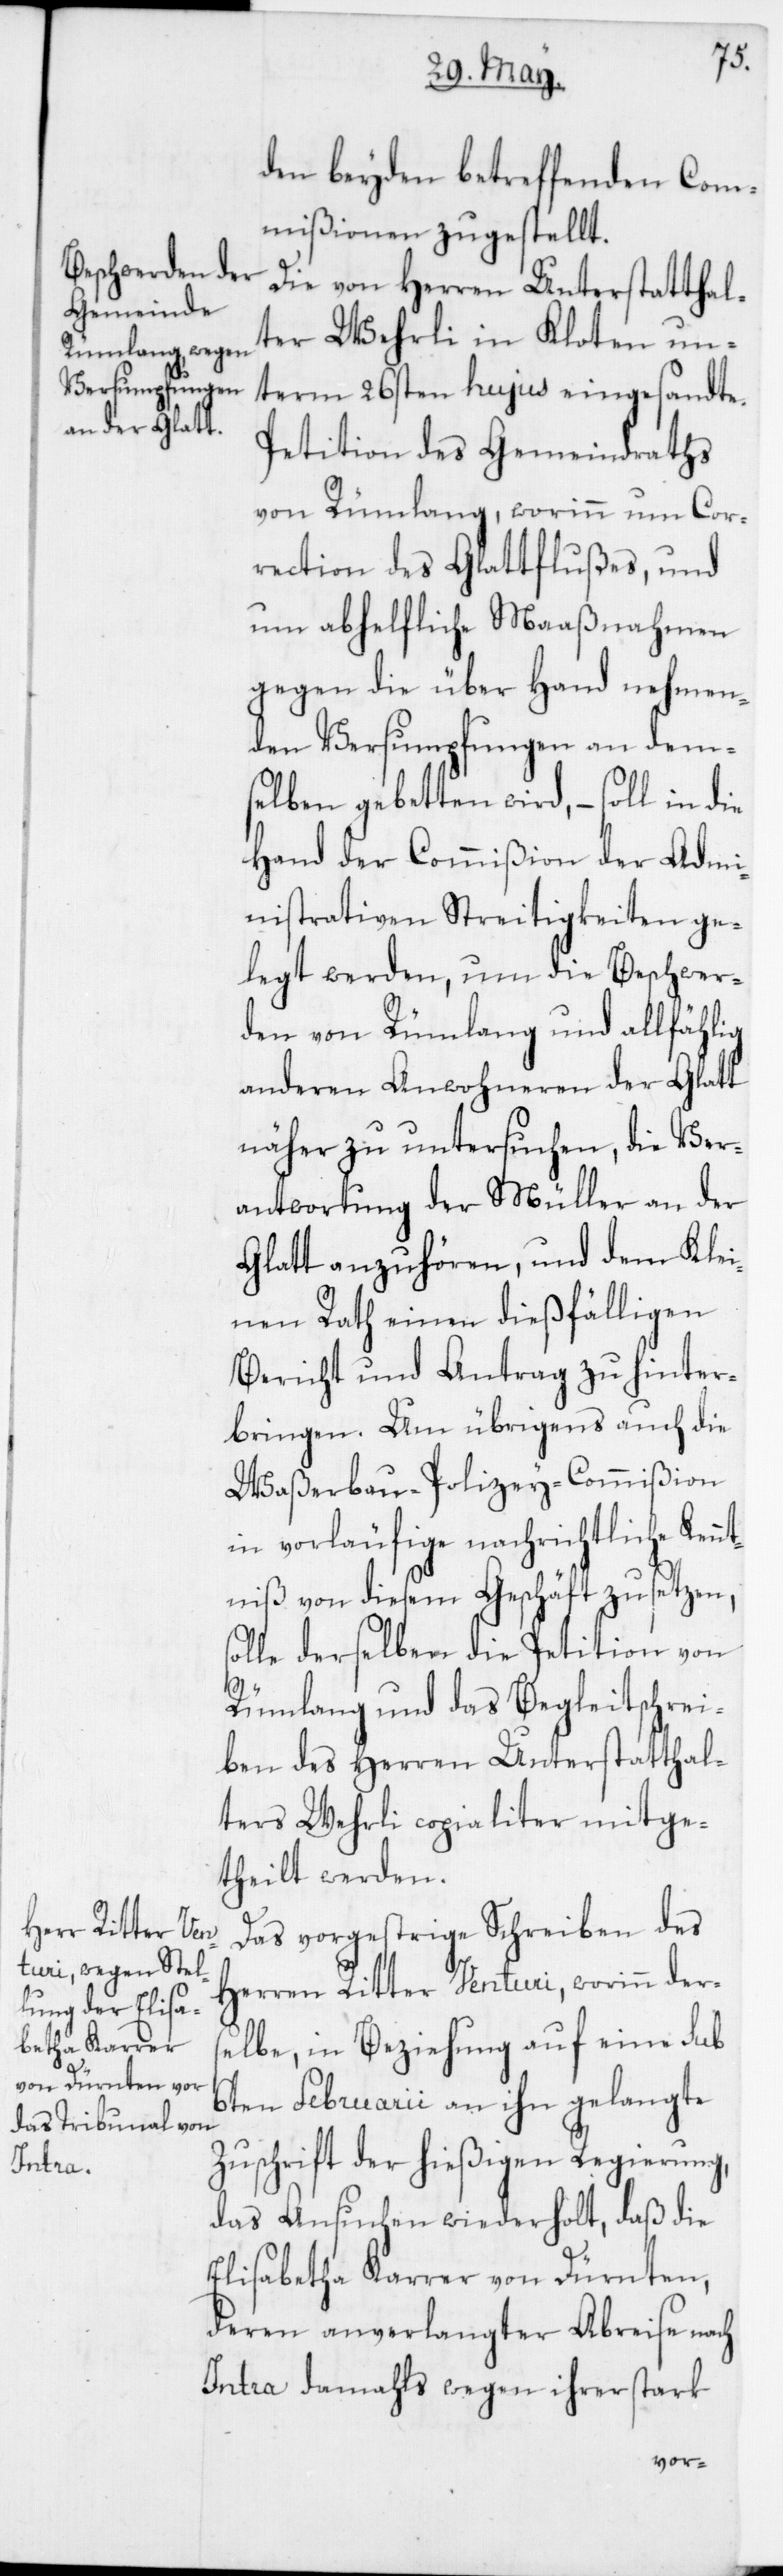
den beyden betreffenden Com¬
mißionen zugestellt.
Die von Herren Unterstatthal¬
ter Wehrli in Kloten un¬
term 26sten hujus eingesandte
Petition des Gemeindraths
von Rümlang, worinn um Cor¬
rection des Glattflußes und
um abhelfliche Maaßnahmen
gegen die über Hand nehmen¬
den Versumpfungen an dem¬
selben gebetten wird, – soll in die
Hand der Commißion der Admi¬
nistrativen Streitigkeiten ge¬
legt werden, um die Beschwer¬
den von Rümlang und allfählig
anderen Anwohneren der Glatt
näher zu untersuchen, die Ver¬
antwortung der Müller an der
Glatt anzuhören, und dem Kle¬
inen Rath einen dießfälligen
Bericht und Antrag zu hinter¬
bringen. Um übrigens auch die
Waßerbau-Polizey-Commißion
in vorläufige nachrichtliche Kenn¬
tniß von diesem Geschäft zu setzen,
solle derselben die Petition von
Rümlang und das Begleitschrei¬
ben des Herren Unterstatthal¬
ters Wehrli copialiter mitge¬
theilt werden.
Das vorgestrige Schreiben des
Herren Ritter Venturi, worinn ders¬
elbe, in Beziehung auf eine sub
6ten Februarii an ihn gelangte
Zuschrift der hießigen Regierung,
das Ansuchen wiederholt, daß die
Elisabetha Karrer von Dürnten,
deren anverlangter Abreise nach
Intra damahls wegen ihrer stark